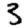
Digit: 3